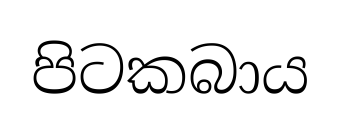
පිටකබාය